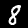
Label: 8